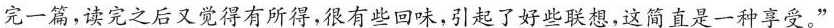
完一篇，读完之后又觉得有所得，很有些回味，引起了好些联想，这简直是一种享受。